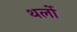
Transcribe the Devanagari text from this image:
थर्लो